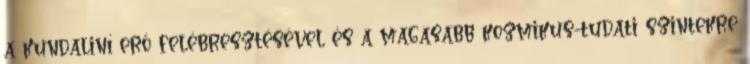
a kundaliní erő felébresztésével és a magasabb kozmikus-tudati szintekre